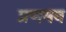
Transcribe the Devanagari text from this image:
प्रणमन